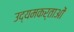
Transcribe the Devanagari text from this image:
उद्यमकर्ताओं